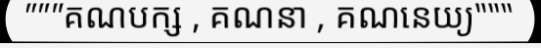
"""គណបក្ស , គណនា , គណនេយ្យ"""